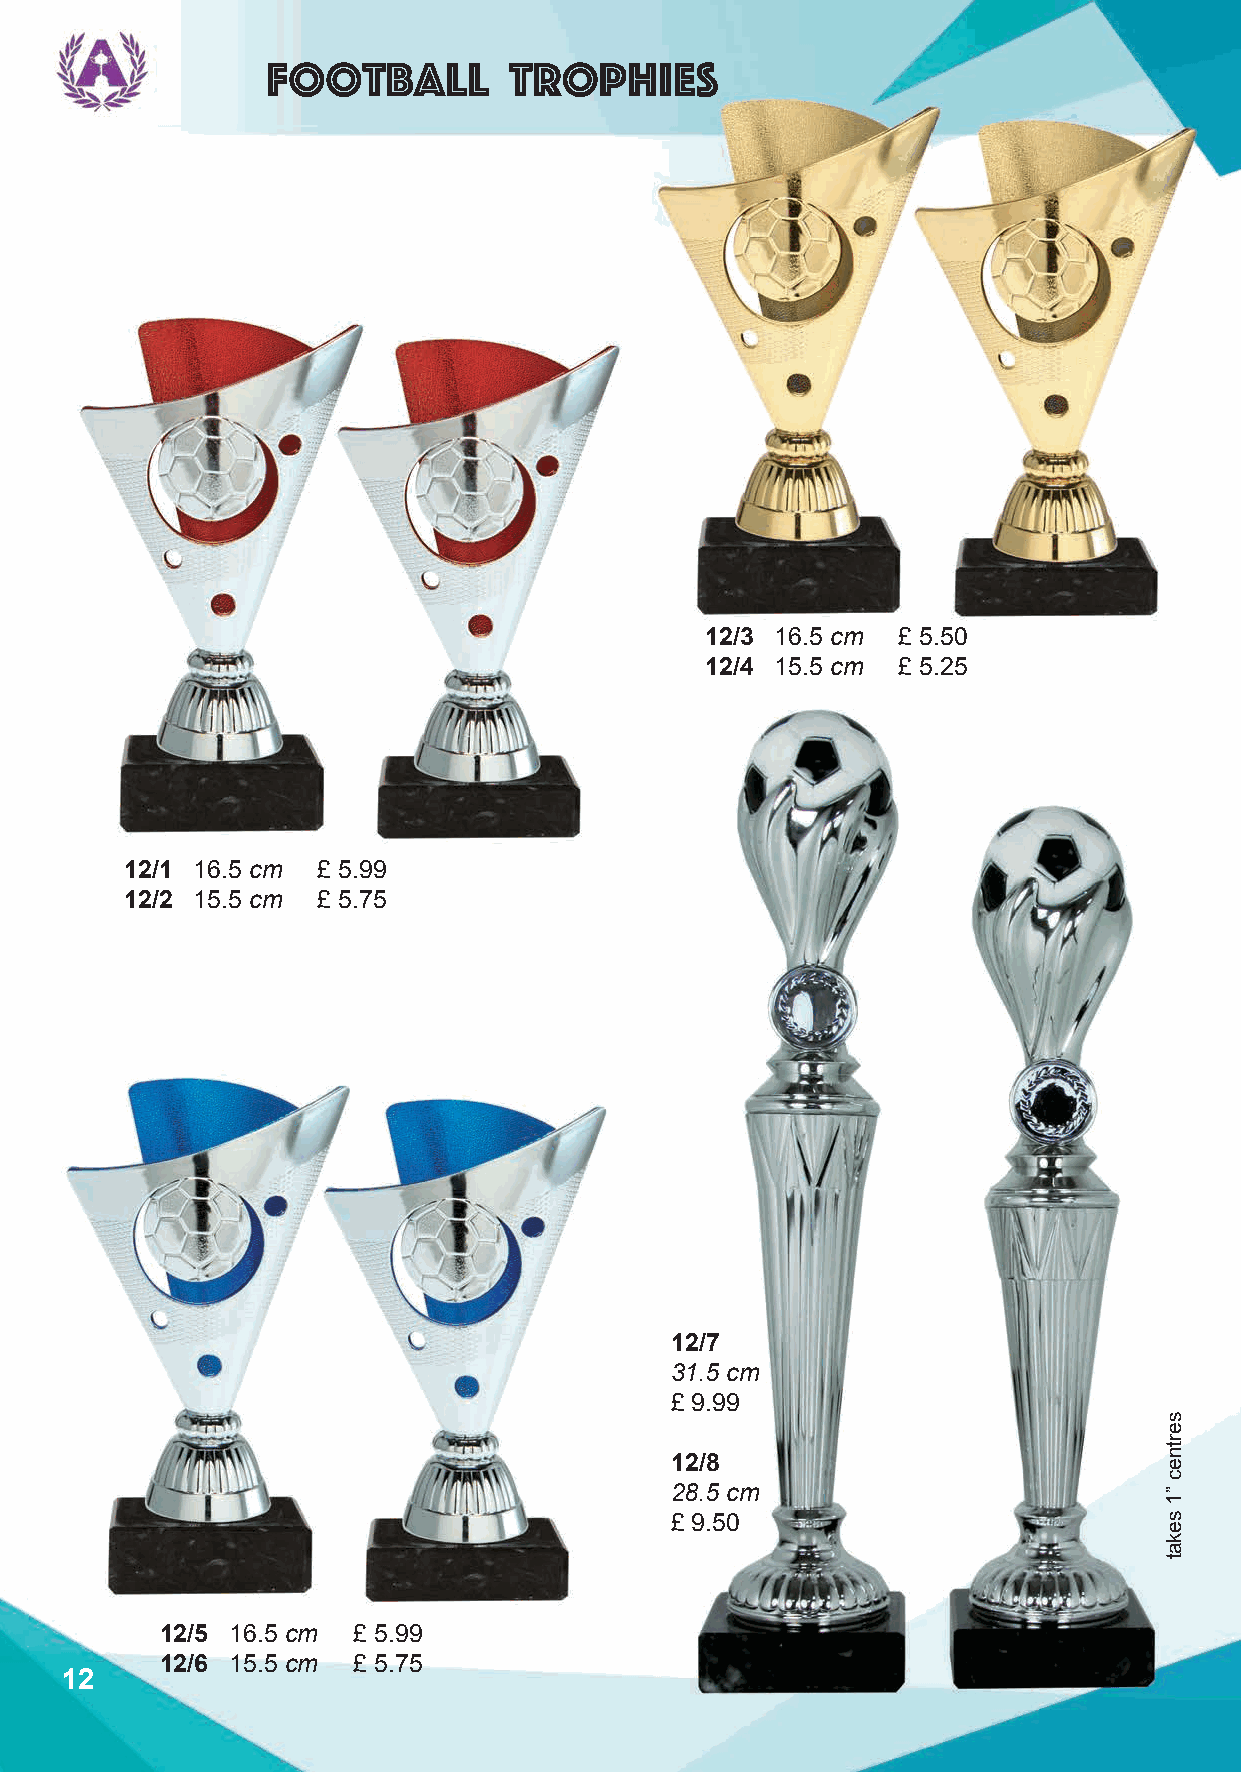
Football        trophies
 12/3 16.5 cm £ 5.50
 12/4 15.5 cm £ 5.25
 12/1 16.5 cm £ 5.99
 12/2 15.5 cm £ 5.75
 12/7
 31.5 cm
 £ 9.99
 12/8
 28.5 cm
 £ 9.50
 12/5 16.5 cm £ 5.99
 12/6 15.5 cm £ 5.75
 12
 sertnec
 ”1
 sekat